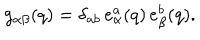
LaTeX: g _ { \alpha \beta } ( q ) = \delta _ { a b } \, e _ { \alpha } ^ { a } ( q ) \, e _ { \beta } ^ { b } ( q ) .